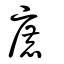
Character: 廘